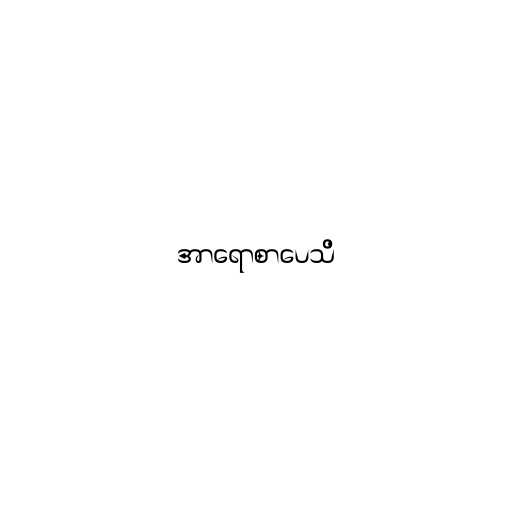
အာရောစာပေသိ